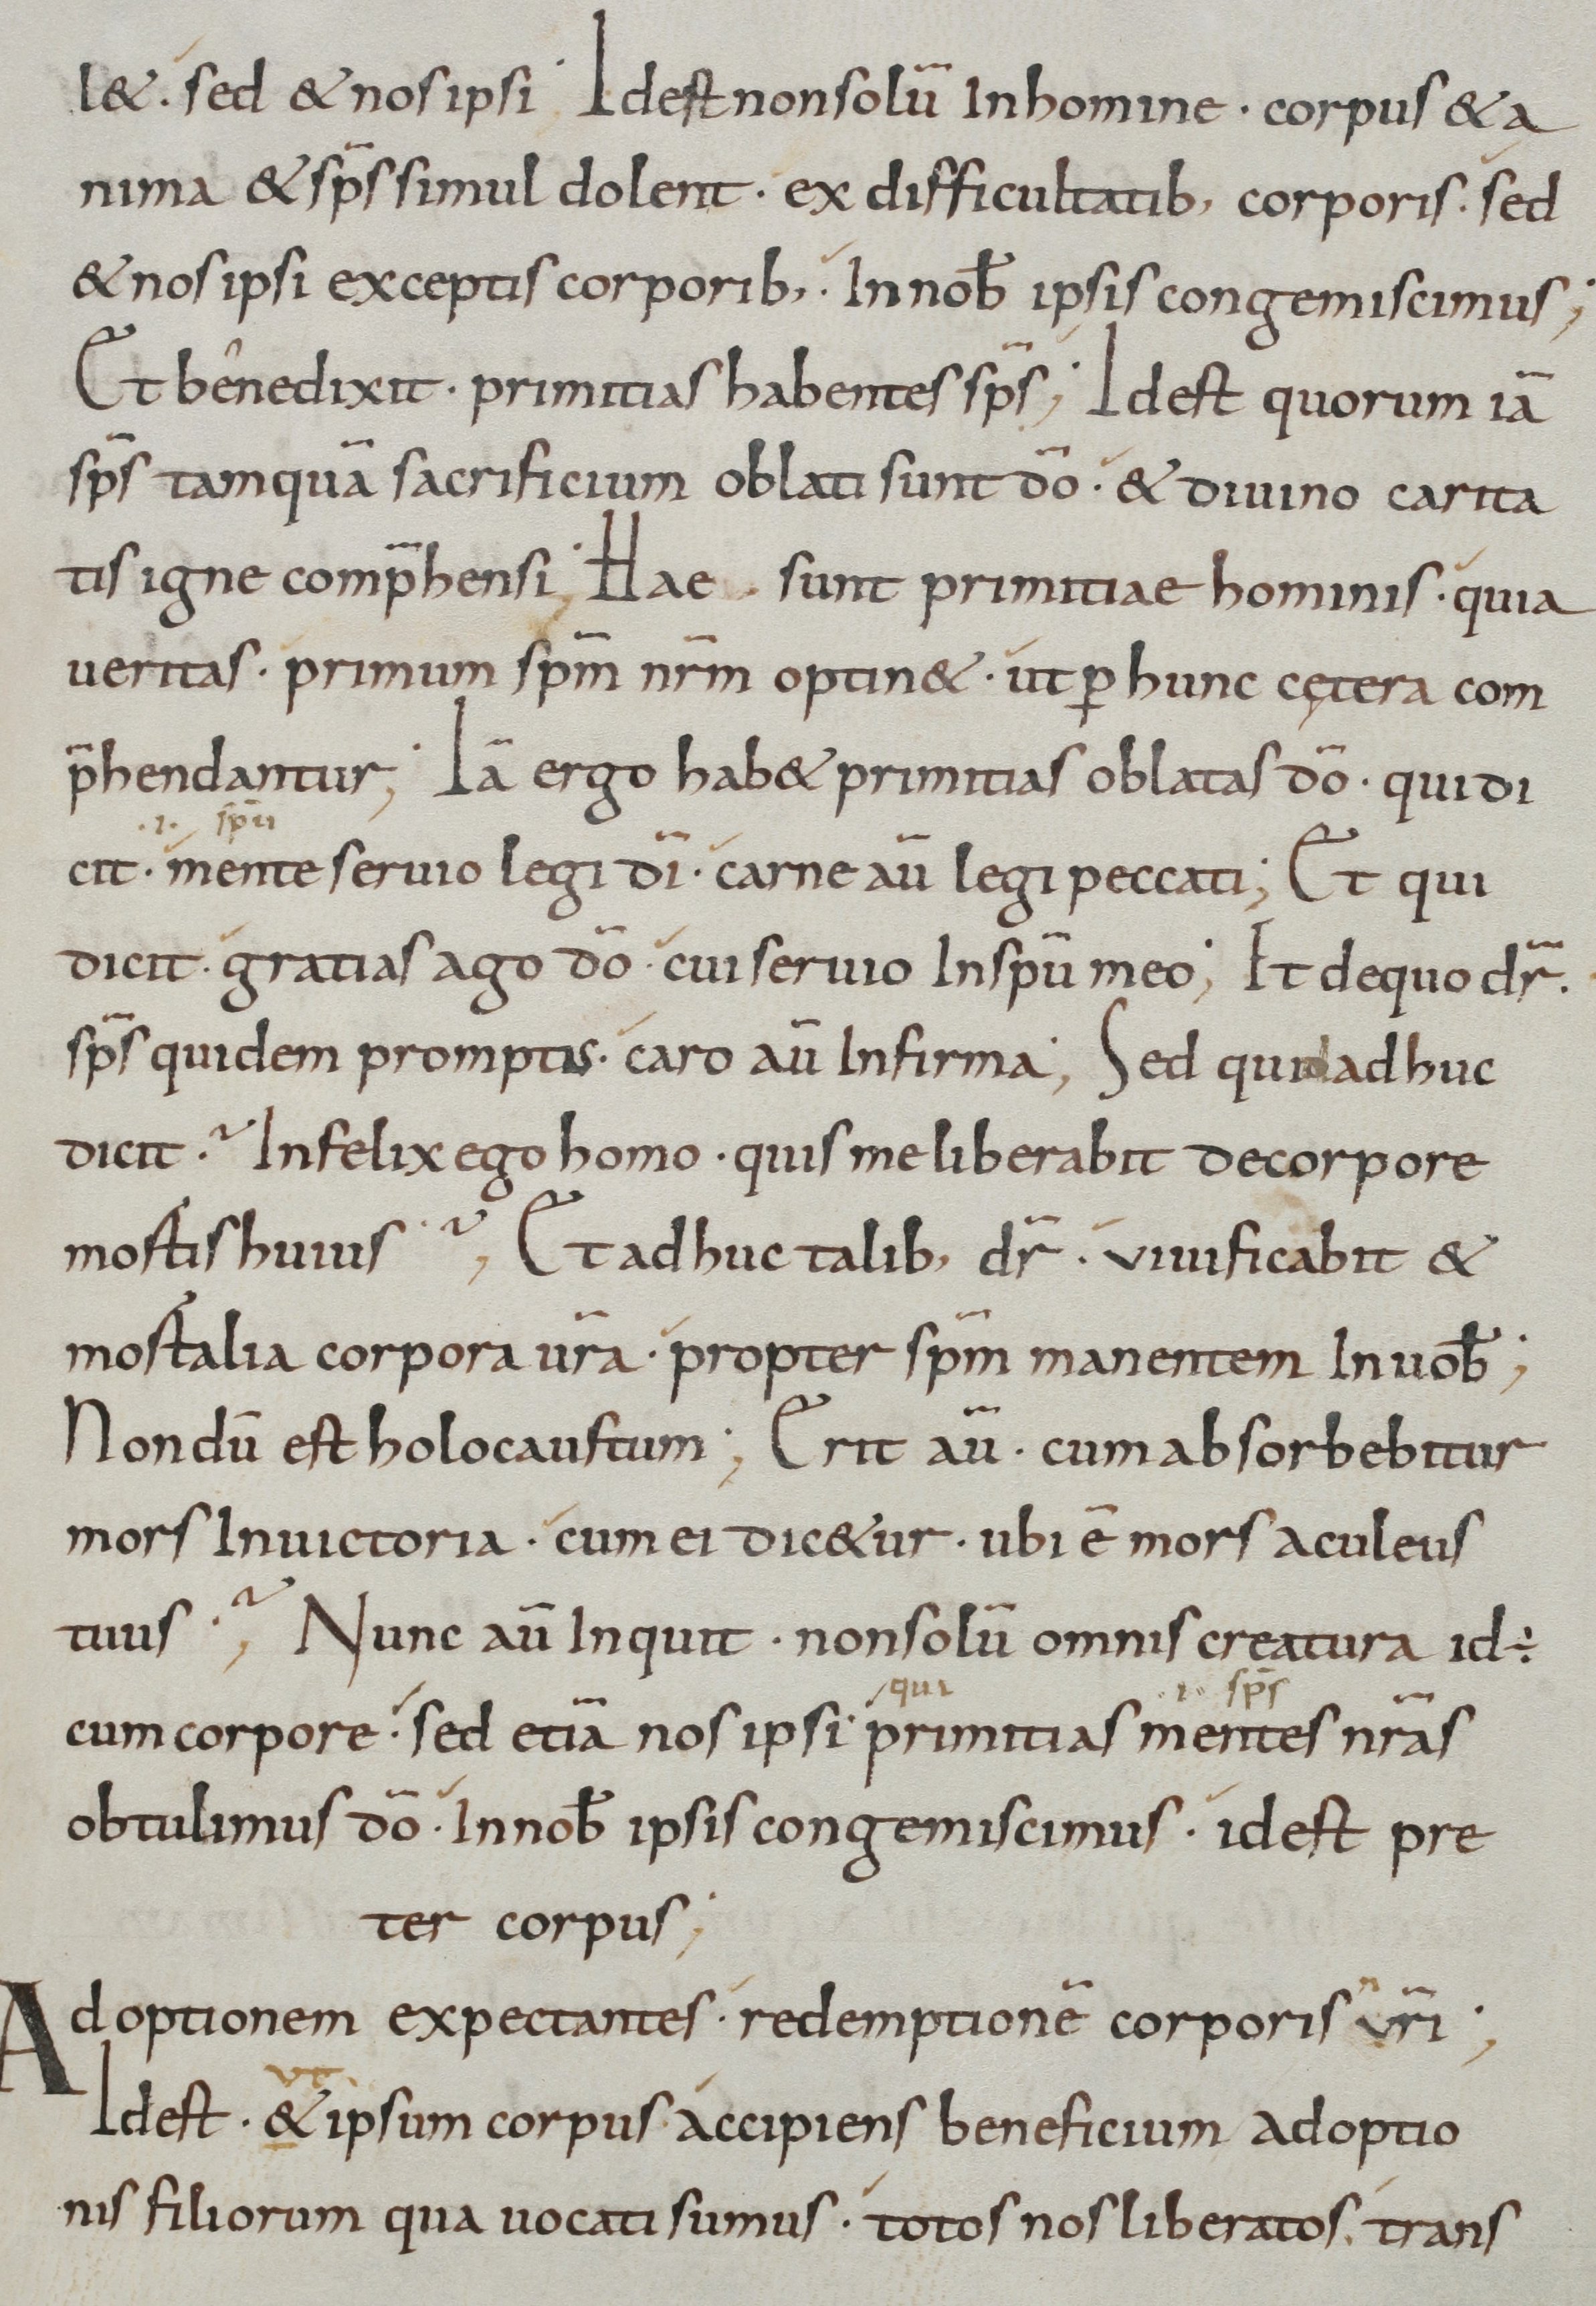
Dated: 800–899